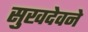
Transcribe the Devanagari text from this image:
सुखदेवने